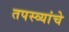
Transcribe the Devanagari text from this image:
तपस्व्यांचे